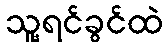
သူ့ရင်ခွင်ထဲ